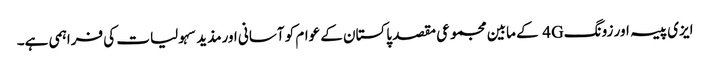
ایزی پیسہ اور زونگ 4G کے مابین مجموعی مقصد پاکستان کے عوام کو آسانی اورمذید سہولیات کی فراہمی ہے۔